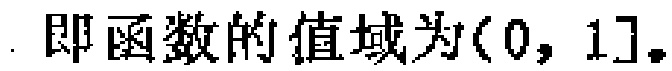
即函数的值域为\((0, 1]\)。